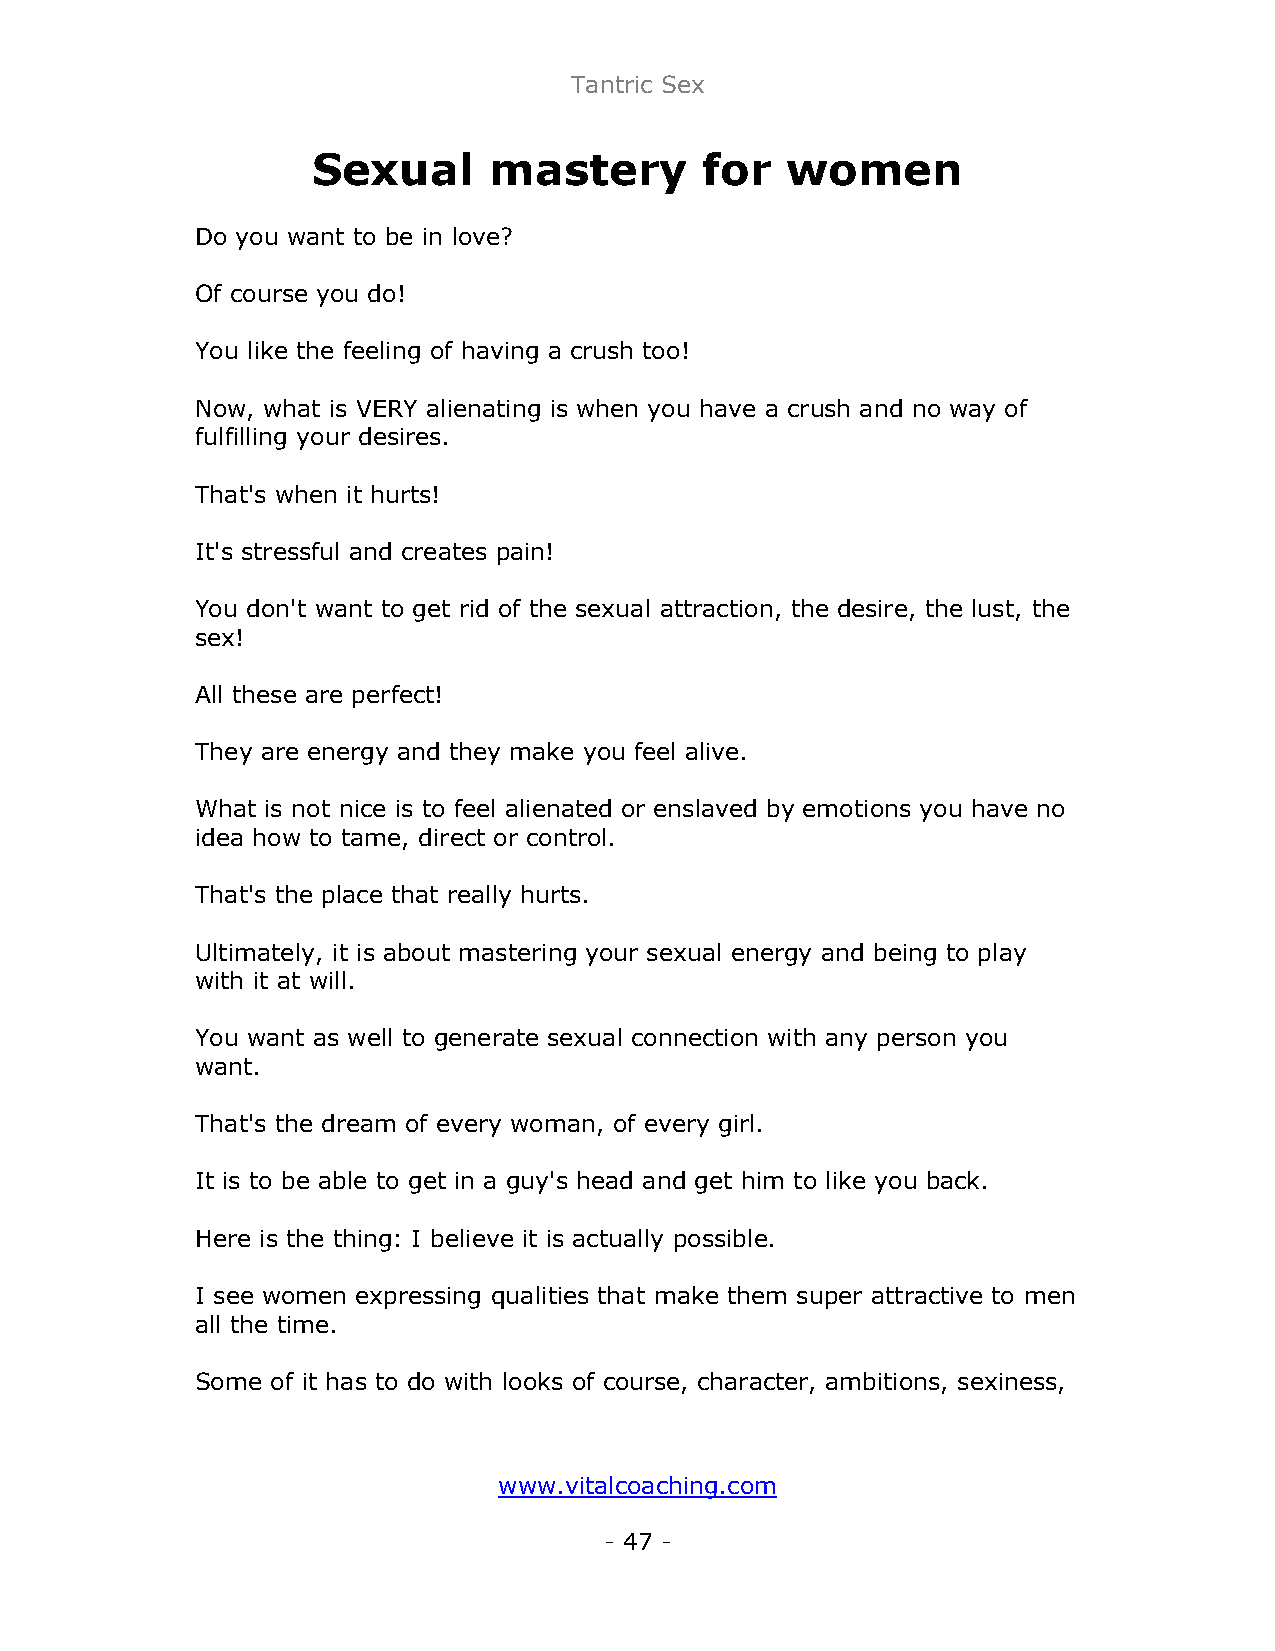
Tantric Sex
 Sexual     mastery       for   women
 Do you want to be in love?
 Of course you do!
 You like the feeling of having a crush too!
 Now, what is VERY alienating is when you have a crush and no way of
 fulfilling your desires.
 That's when it hurts!
 It's stressful and creates pain!
 You don't want to get rid of the sexual attraction, the desire, the lust, the
 sex!
 All these are perfect!
 They are energy and they make you feel alive.
 What is not nice is to feel alienated or enslaved by emotions you have no
 idea how to tame, direct or control.
 That's the place that really hurts.
 Ultimately, it is about mastering your sexual energy and being to play
 with it at will.
 You want as well to generate sexual connection with any person you
 want.
 That's the dream of every woman, of every girl.
 It is to be able to get in a guy's head and get him to like you back.
 Here is the thing: I believe it is actually possible.
 I see women expressing qualities that make them super attractive to men
 all the time.
 Some of it has to do with looks of course, character, ambitions, sexiness,
 www.vitalcoaching.com
 - 47 -